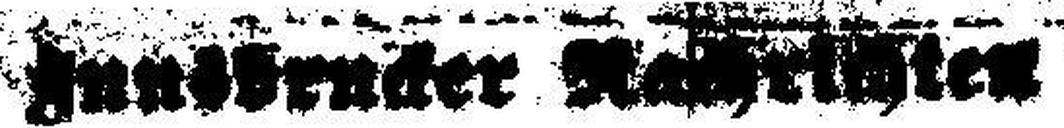
Innsbrucker Nachrichten